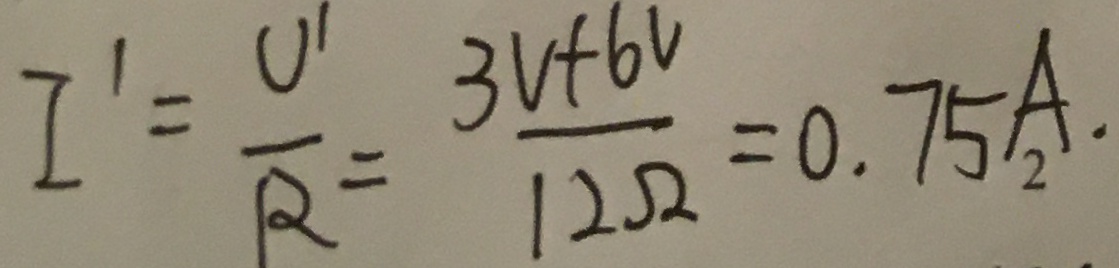
I ^ { \prime } = \frac { U ^ { \prime } } { R } = \frac { 3 V + 6 V } { 1 2 \Omega } = 0 . 7 5 A .